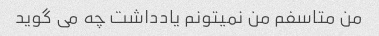
من متاسفم من نمیتونم یادداشت چه می گوید